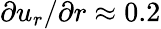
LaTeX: \partial u_{r}/\partial r\approx 0.2